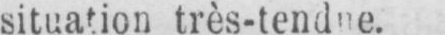
situation très-tendue.